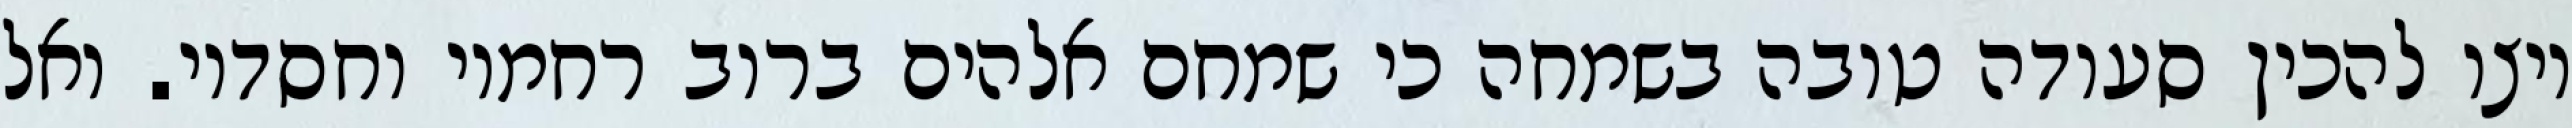
ויצו להכין סעודה טובה בשמחה כי שמחם אלהים ברוב רחמיו וחסדיו. ואל